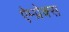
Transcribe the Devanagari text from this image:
ऐम्प्रेक्स